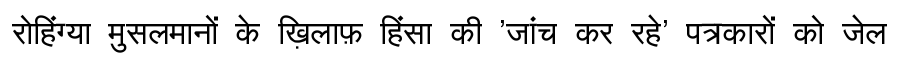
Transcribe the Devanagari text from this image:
रोहिंग्या मुसलमानों के ख़िलाफ़ हिंसा की 'जांच कर रहे' पत्रकारों को जेल